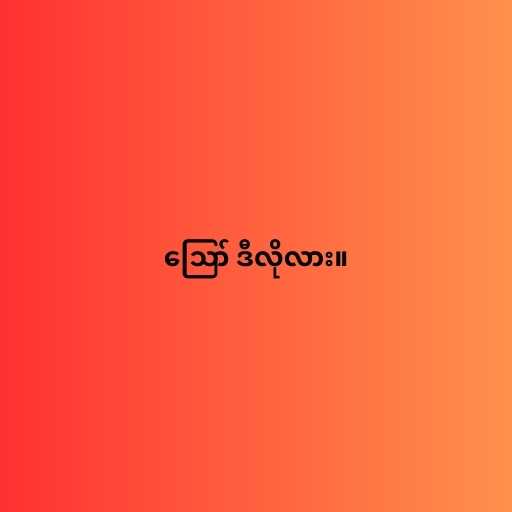
ဪ ဒီလိုလား။